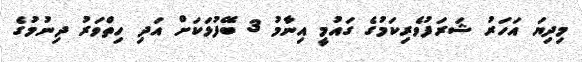
މިދިޔަ އަހަރު ޝަރަފުވެރިކަމުގެ ގައުމީ އިނާމު 3 ބޭފުޅަކަށް އަދި ހިތްވަރު ދިނުމުގެ